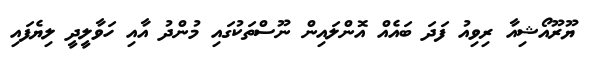
ޔޫރޫއޯޝިއާ ރިވިއު ފަދަ ބައެއް އޮންލައިން ނޫސްތަކުގައި މުންދު އާއި ހަވާލީދީ ލިޔެފައި